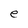
Character: e